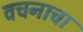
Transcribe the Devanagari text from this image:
वचनाचा